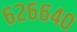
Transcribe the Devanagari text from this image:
६२६६४०